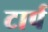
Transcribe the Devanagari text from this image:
टार्प